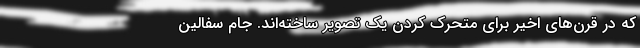
که در قرن‌های اخیر برای متحرک کردن یک تصویر ساخته‌اند. جام سفالین